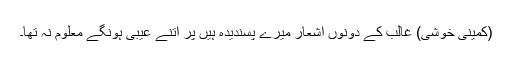
(کمینی خوشی) غالب کے دونوں اشعار میرے پسندیدہ ہیں پر اتنے عیبی ہونگے معلوم نہ تھا۔